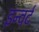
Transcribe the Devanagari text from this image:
इन्वर्ट